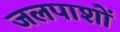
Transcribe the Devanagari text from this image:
जलपाशों